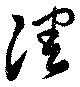
凋